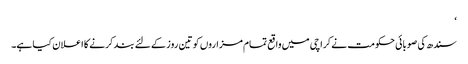
‘
سندھ کی صوبائی حکومت نے کراچی میں واقع تمام مزاروں کو تین روز کے لئے بند کرنے کا اعلان کیا ہے۔